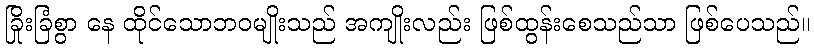
ခြိုးခြံစွာ နေ ထိုင်သောဘဝမျိုးသည် အကျိုးလည်း ဖြစ်ထွန်းစေသည်သာ ဖြစ်ပေသည်။